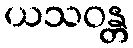
ယသဝန္တ